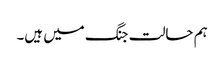
ہم حالت جنگ میں ہیں۔